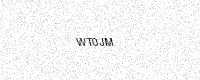
Text: WT0JM